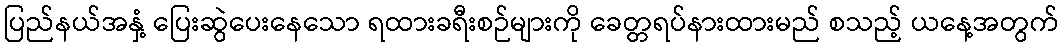
ပြည်နယ်အနှံ့ ပြေးဆွဲပေးနေသော ရထားခရီးစဉ်များကို ခေတ္တရပ်နားထားမည် စသည့် ယနေ့အတွက်